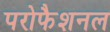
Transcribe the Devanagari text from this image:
परोफैशनल